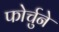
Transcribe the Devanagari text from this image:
फोर्चुने